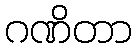
ဂဏိတာ